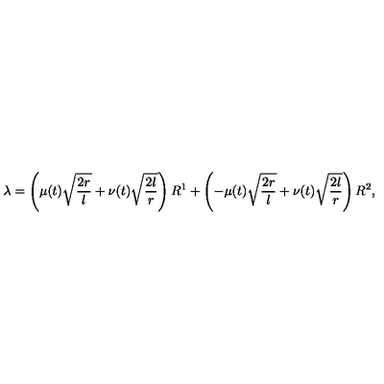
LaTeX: \lambda = \left( \mu ( t ) \sqrt { \frac { 2 r } { l } } + \nu ( t ) \sqrt { \frac { 2 l } { r } } \right) R ^ { 1 } + \left( - \mu ( t ) \sqrt { \frac { 2 r } { l } } + \nu ( t ) \sqrt { \frac { 2 l } { r } } \right) R ^ { 2 } ,